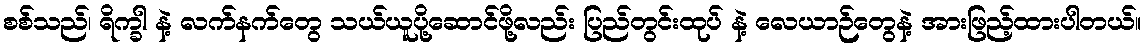
စစ်သည်၊ ရိက္ခါ နဲ့ လက်နက်တွေ သယ်ယူပို့ဆောင်ဖို့လည်း ပြည်တွင်းထုပ် နဲ့ လေယာဉ်တွေနဲ့ အားဖြည့်ထားပါတယ်။